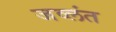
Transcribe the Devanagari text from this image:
जव्लंत